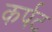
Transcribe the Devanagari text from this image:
कर्पट